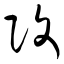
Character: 改